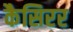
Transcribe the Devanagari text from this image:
कैसिरर